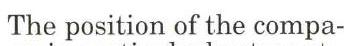
The position of the compa-